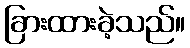
ခြားထားခဲ့သည်။